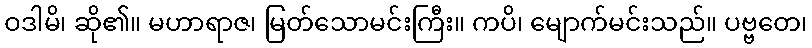
ဝဒါမိ၊ ဆို၏။ မဟာရာဇ၊ မြတ်သောမင်းကြီး။ ကပိ၊ မျောက်မင်းသည်။ ပဗ္ဗတေ၊